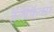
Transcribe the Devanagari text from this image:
हॅलीफॅक्स